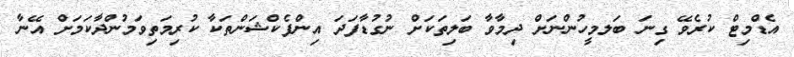
އެޑްމިޓް ކުރެވޭ ގިނަ ބަލމީހުންނަށް ދިމާވާ ބަލިތަކަށް ނުގުޑާފަދަ އިންފެކްޝަންތަކާ ކުރިމަތިވަމުންދާކަމަށް އޭނާ